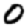
Digit: 0